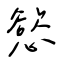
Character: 慾